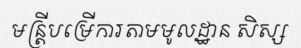
មន្ត្រីបម្រើការតាមមូលដ្ឋាន សិស្ស